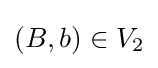
(B,b)\in V_{2}